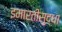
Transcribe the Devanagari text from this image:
इमारतीसुद्धा